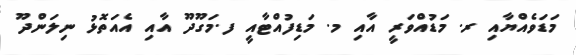
މަޑަވެއްޔާއި ރ. މަޑުއްވަރީ އާއި މ. މަޑިފުއްޓާއީ ފ.މަގޫދޫ އާއި އެއަތޮޅު ނިލަންދޫ